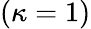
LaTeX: (\kappa=1)